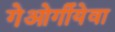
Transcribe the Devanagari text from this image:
गेओर्गीयेवा